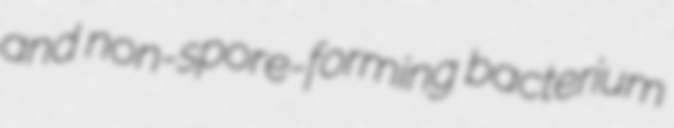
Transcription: and non-spore-forming bacterium